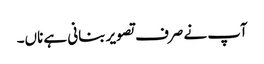
آپ نے صرف تصویر بنانی ہے ناں۔